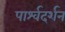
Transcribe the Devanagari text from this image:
पार्श्वदर्शन